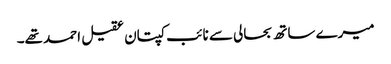
میرے ساتھ بحالی سے نائب کپتان عقیل احمد تھے۔